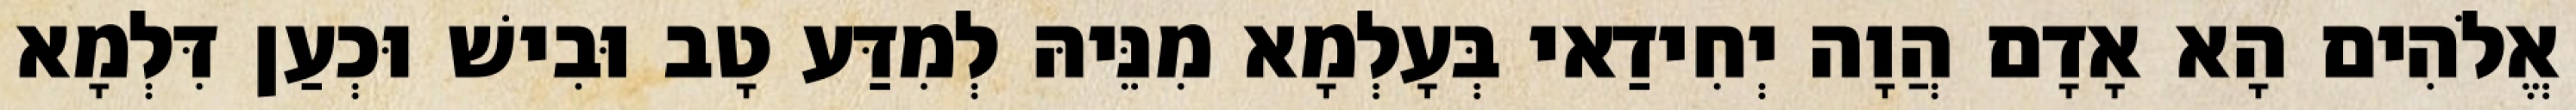
אֱלֹהִים הָא אָדָם הֲוָה יְחִידַאי בְּעָלְמָא מִנֵּיהּ לְמִדַּע טָב וּבִישׁ וּכְעַן דִּלְמָא